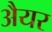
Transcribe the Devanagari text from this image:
अैयर